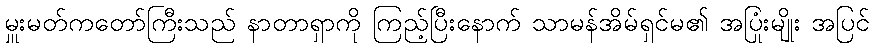
မှူးမတ်ကတော်ကြီးသည် နာတာရှာကို ကြည့်ပြီးနောက် သာမန်အိမ်ရှင်မ၏ အပြုံးမျိုး အပြင်